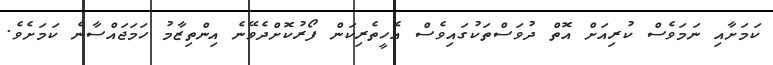
ކަމަށާއި ނަމަވެސް ކުރިއަށް އޮތް ދުވަސްތަކުގައިވެސް އެހީތެރިކަން ފޯރުކޮށްދެވޭނެ އިންތިޒާމު ހަމަޖައްސާނެ ކަމަށެވެ.